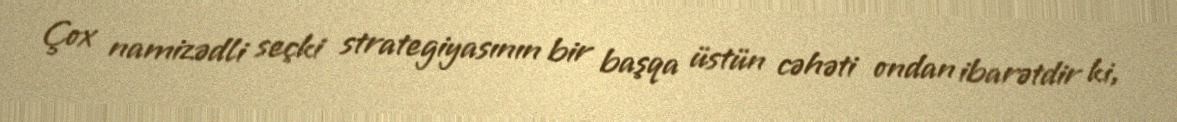
Çox namizədli seçki strategiyasının bir başqa üstün cəhəti ondan ibarətdir ki,